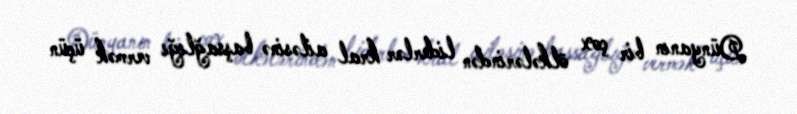
Dünyanın bir çox ölkələrindən liderlər kral ailəsinə başsağlığı vermək üçün